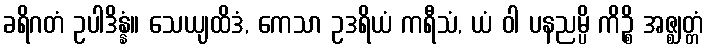
ခရိဂတံ ဥပါဒိန္နံ။ သေယျထိဒံ, ကေသာ ဥဒရိယံ ကရီသံ, ယံ ဝါ ပနညမ္ပိ ကိဉ္စိ အဇ္ဈတ္တံ